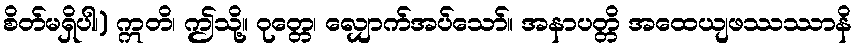
စိတ်မရှိပါ၊) ဣတိ၊ ဤသို့။ ဝုတ္တေ၊ လျှောက်အပ်သော်။ အနာပတ္တိ အထေယျဖဿဿာနိ